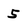
Character: 5